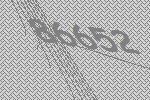
86652